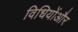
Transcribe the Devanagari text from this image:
विधियोंऔर